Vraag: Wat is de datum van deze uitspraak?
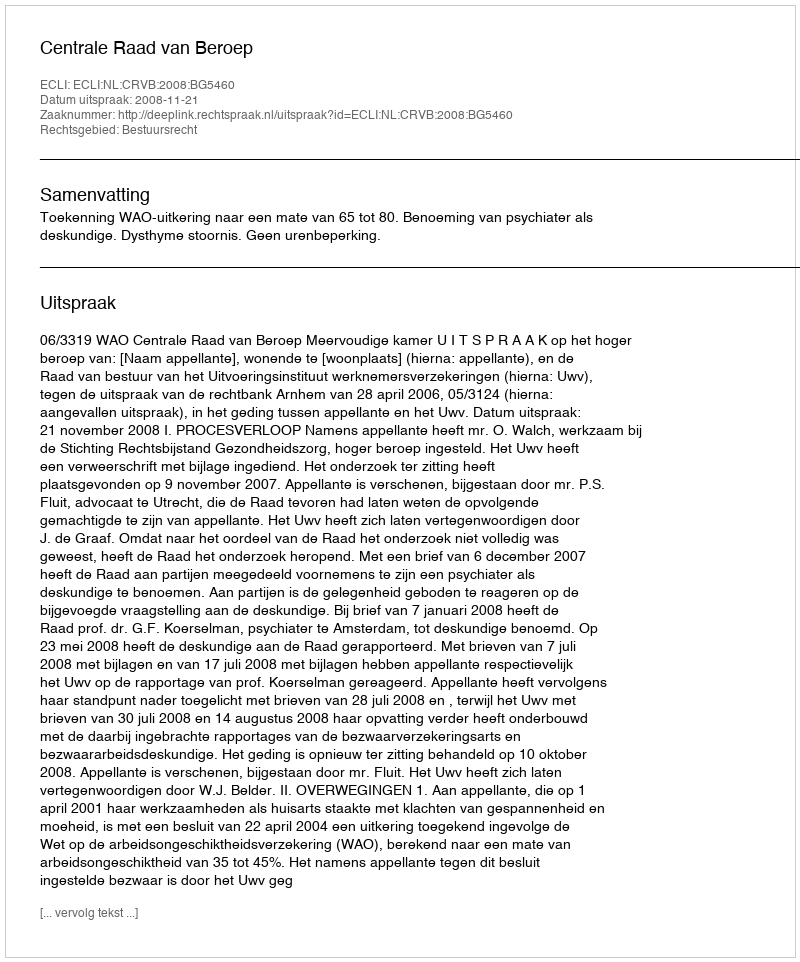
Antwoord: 2008-11-21